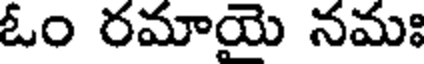
ఓం రమాయె నమః